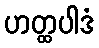
ဟတ္ထပါဒံ